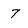
Character: 7